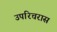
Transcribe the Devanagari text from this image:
उपरिचरास